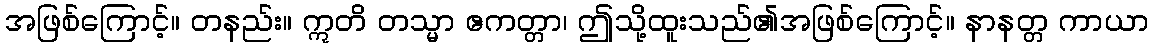
အဖြစ်ကြောင့်။ တနည်း။ ဣတိ တသ္မာ ဧကတ္တာ၊ ဤသို့ထူးသည်၏အဖြစ်ကြောင့်။ နာနတ္တ ကာယာ